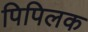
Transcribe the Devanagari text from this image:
पिपिलक